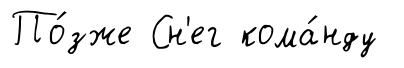
По́зже Сн'ег кома́нду